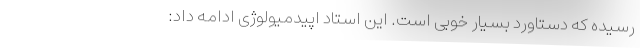
رسیده که دستاورد بسیار خوبی است. این استاد اپیدمیولوژی ادامه داد: